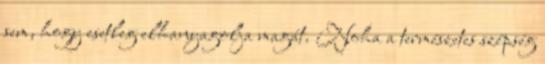
sem, hogy esetleg elhanyagolja magát. Noha a természetes szépség